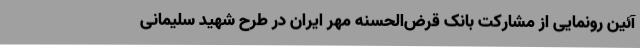
آئین رونمایی از مشارکت بانک قرض‌الحسنه مهر ایران در طرح شهید سلیمانی